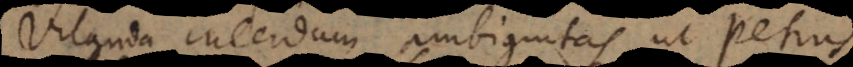
Vitanda interdum ambiguitas, ut Petrus